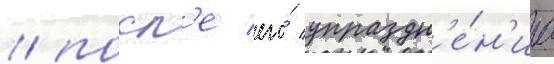
/ посл'е его́ упраздн'е́н'иа